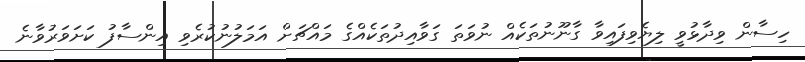
ހިސާން ވިދާޅުވީ ލިޔެވިފައިވާ ގާނޫނުތަކެއް ނުވަތަ ގަވާއިދުތަކެއްގެ މައްޗަށް އަމަލުނުކުރެވި އިންސާފު ކަށަވަރުވާނެ